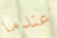
عندما